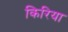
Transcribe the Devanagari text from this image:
किरिया